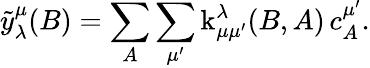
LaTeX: \tilde{y}_{\lambda}^{\mu}(B)=\sum_{A}\sum_{\mu^{\prime}}\operatorname{k}_{\mu\mu^{\prime}}^{\lambda}(B,A)\, c_{A}^{\mu^{\prime}}.